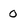
Character: o